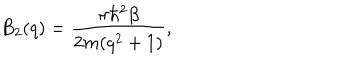
B _ { 2 } ( q ) = \frac { \pi \hbar ^ { 2 } \beta } { 2 m ( q ^ { 2 } + 1 ) } ,